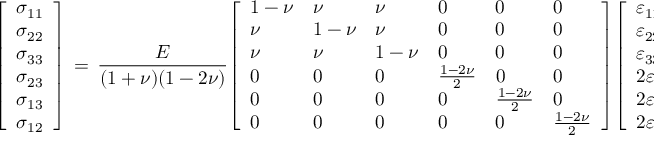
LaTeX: { \left[ \begin{array} { l } { \sigma _ { 1 1 } } \\ { \sigma _ { 2 2 } } \\ { \sigma _ { 3 3 } } \\ { \sigma _ { 2 3 } } \\ { \sigma _ { 1 3 } } \\ { \sigma _ { 1 2 } } \end{array} \right] } \, = \, { \frac { E } { ( 1 + \nu ) ( 1 - 2 \nu ) } } { \left[ \begin{array} { l l l l l l } { 1 - \nu } & { \nu } & { \nu } & { 0 } & { 0 } & { 0 } \\ { \nu } & { 1 - \nu } & { \nu } & { 0 } & { 0 } & { 0 } \\ { \nu } & { \nu } & { 1 - \nu } & { 0 } & { 0 } & { 0 } \\ { 0 } & { 0 } & { 0 } & { { \frac { 1 - 2 \nu } { 2 } } } & { 0 } & { 0 } \\ { 0 } & { 0 } & { 0 } & { 0 } & { { \frac { 1 - 2 \nu } { 2 } } } & { 0 } \\ { 0 } & { 0 } & { 0 } & { 0 } & { 0 } & { { \frac { 1 - 2 \nu } { 2 } } } \end{array} \right] } { \left[ \begin{array} { l } { \varepsilon _ { 1 1 } } \\ { \varepsilon _ { 2 2 } } \\ { \varepsilon _ { 3 3 } } \\ { 2 \varepsilon _ { 2 3 } } \\ { 2 \varepsilon _ { 1 3 } } \\ { 2 \varepsilon _ { 1 2 } } \end{array} \right] }